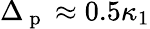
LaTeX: \Delta_{\mathrm{~p~}}\approx 0.5\kappa_{1}